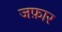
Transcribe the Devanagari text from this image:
जफ़ार